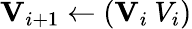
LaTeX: \mathbf{V}_{i+1}\leftarrow(\mathbf{V}_{i}\: V_{i})